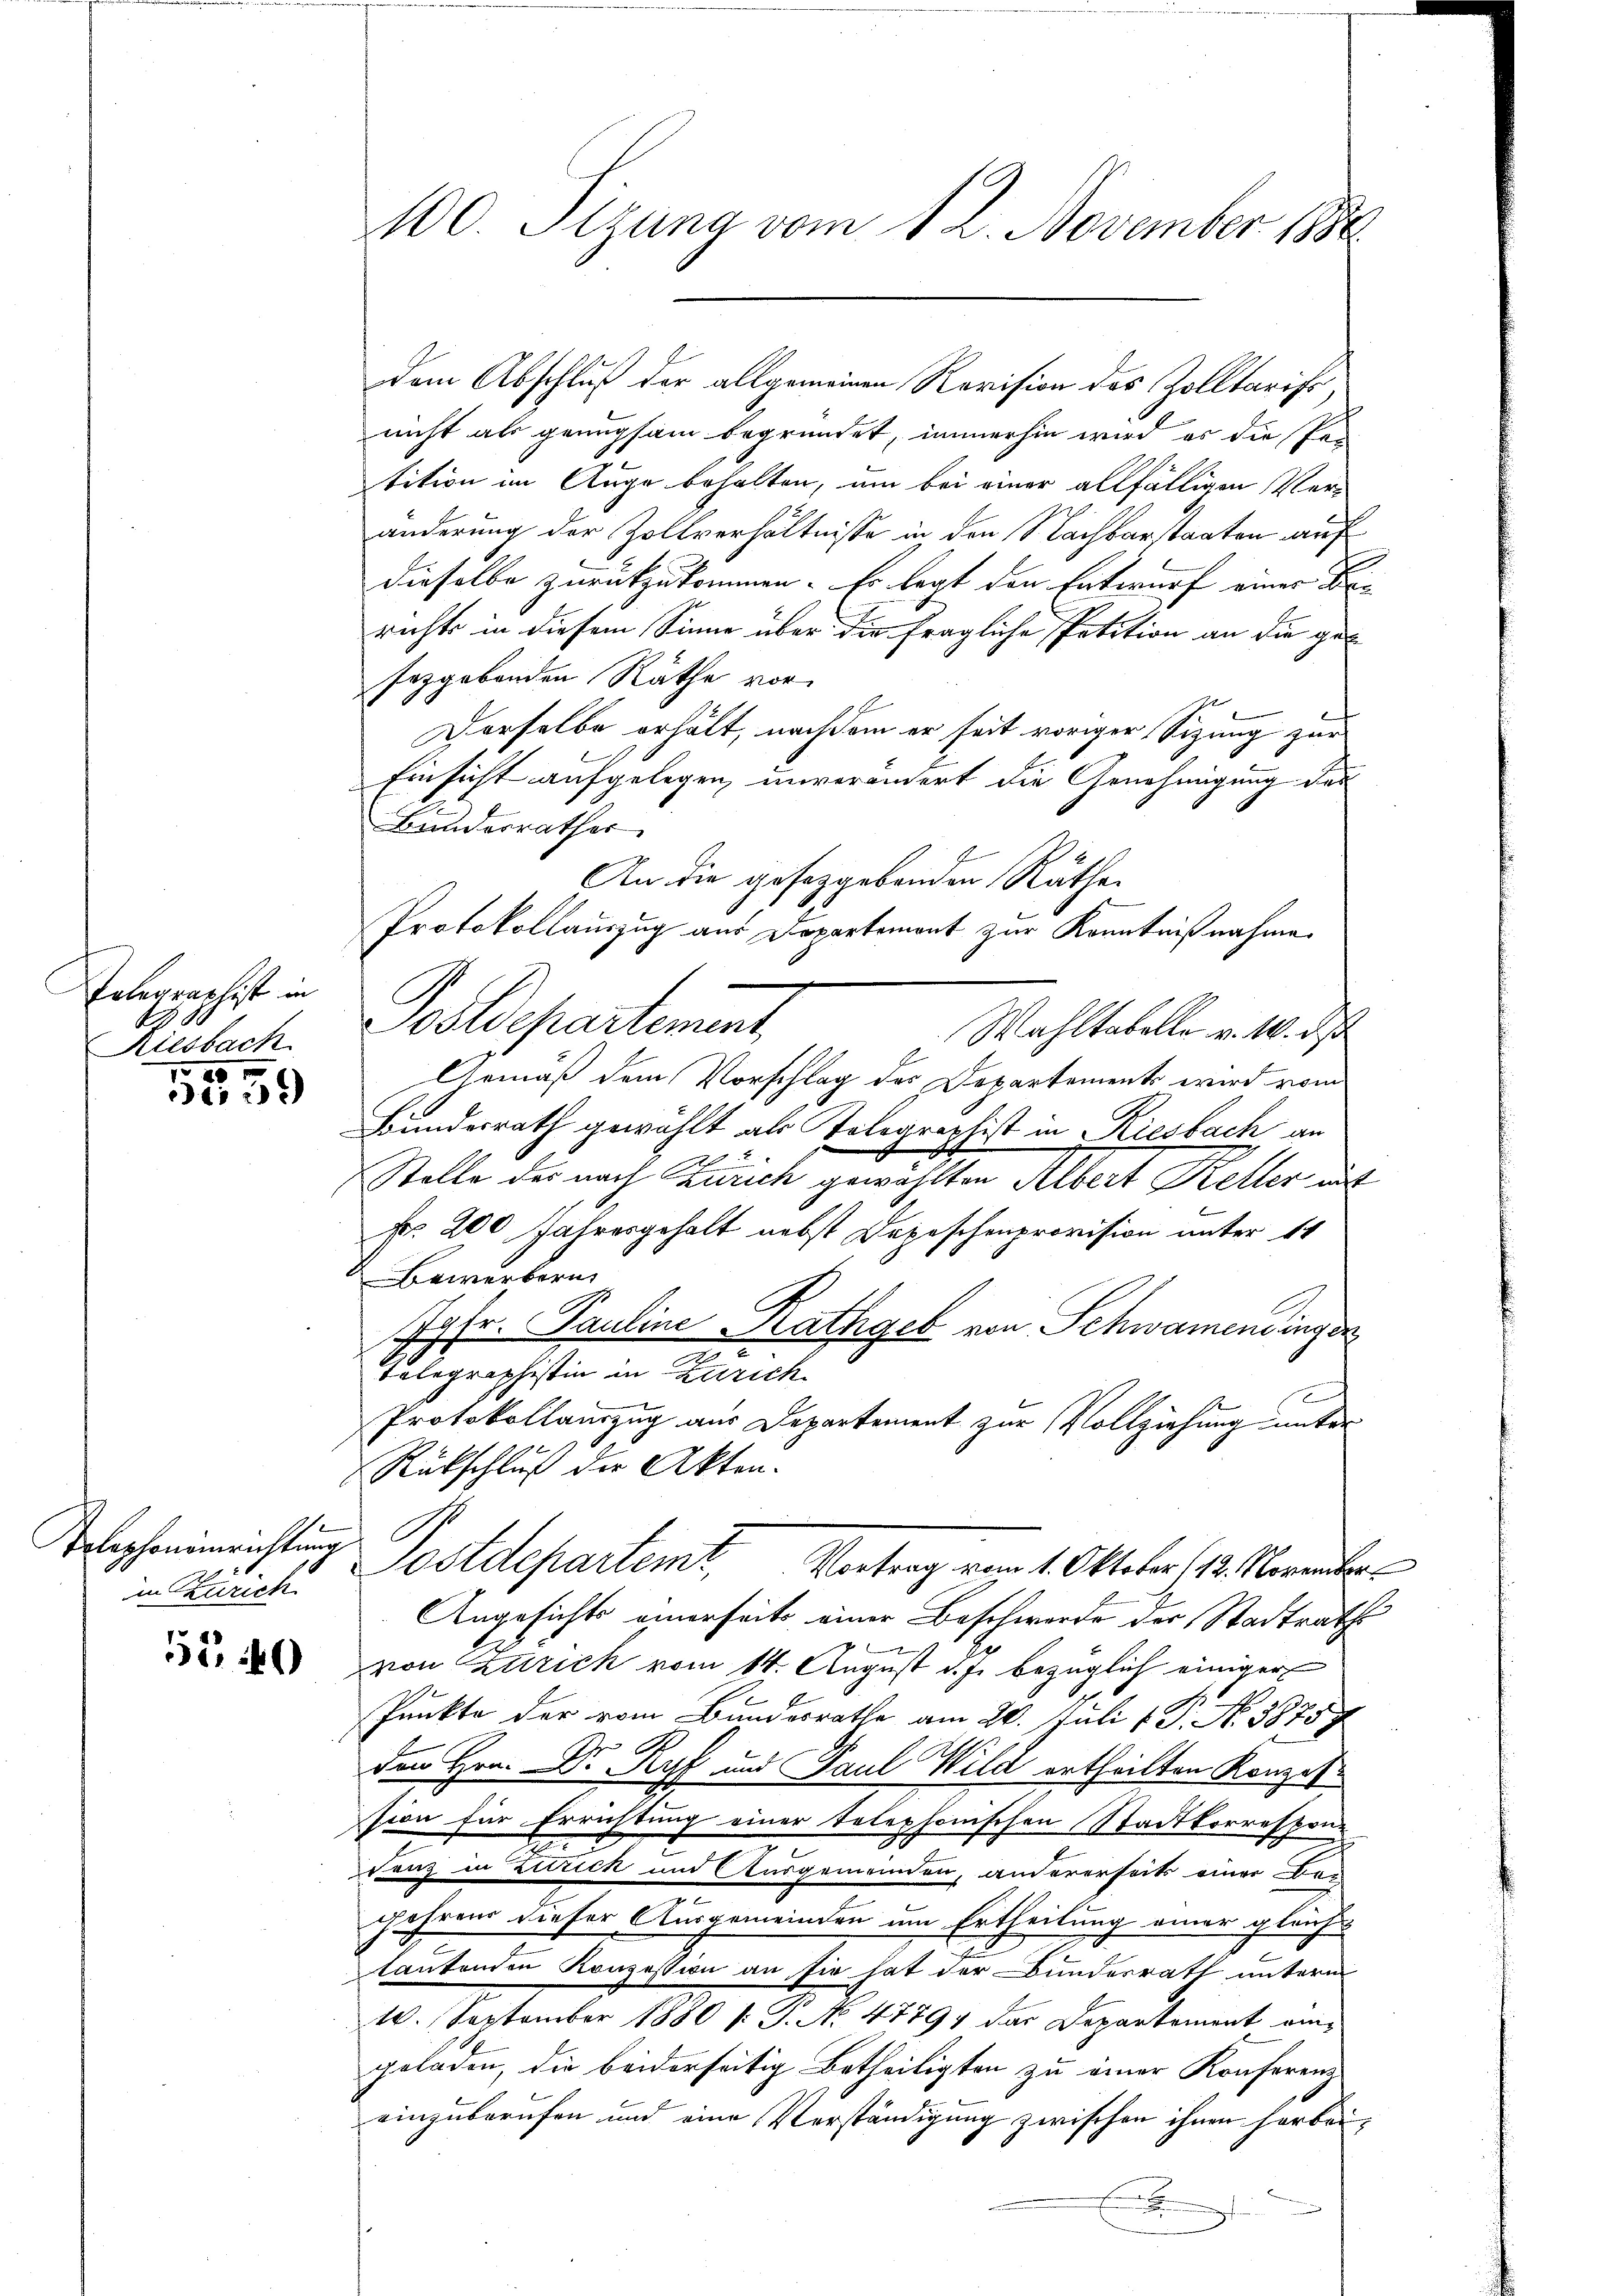
Telegraphist in
g
Riesbach
2

3

Telephoninrichtung
in Zürich

556

100. Sizung vom 12. November 1880

dem Abschluß der allgemeinen Revision des Zolltarifs,
nicht als genugsam begründet, immerhin wird es die Per
tition im Auge behalten, um bei einer allfälligen Veränderung der Zollverhältnisse in den Nachbarstaaten auf
dieselbe zurückzukommen. Es legt den Entwurf einer Brie
richts in diesem Sinne über die fragliche Petition an die geseggebenden Räthe vor
Derselbe erhält, nachdem er seit voriger Sitzung zur
Einsicht aufgelegen, unverändert die Genehmigung des
Bundesrathes |
An die geseggebenden Räthe
Protokollauszug aus Departemont zur Kenntnißnahme.
Postdepartement,
Wahltabelle v. 10. d
Gemäß dem Vorschlag des Departements wird vom
Bundesrath gewählt als Telegraphist in Riesbach an
Stelle der nach Zürich gewählten Albert Keller unt
Fr. 200 Jahresgehalt nebst Depeschenprovision unter 14
Gewerbern
Jgfr. Pauline Rathgeb von Schwamendinger
Tolographistin in Zürich
E
Protokollauszug aus Departement zur Vollziehung unter
Rückschluß der Akten.
Postdepartemt, Vertrag vom 1. Oktober 14. Veranter
Angesichts einerseits einer Beschwerde der Stadtrathe
9
von Zürich vom 14. August d. J. bezüglich einiger
Punkte der vom Bundesrathe am 20. Juli v. J. N. 38757
den Hrn. Dr Ryf und Paul Wild ertheilten Konzession für Errichtung einer telephonischen Stadtkorrespon-
vanz in Zutrick und Ausgemeinden, andererseits einer Vor-
gehrend dieser Ausgemeinden um Ertheilung einer gleich
tantenden Konzession an sie hat der Bundesrath unterm
10. September 1880 s: P. No. 47794 das Departement eingeladen, die beiderseitig Betheiligten zu einer Konferenz
einzuberufen und eine Verständigung zwischen ihnen herbei¬
E
.